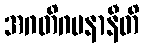
အဂတိဂမနာနီတိ